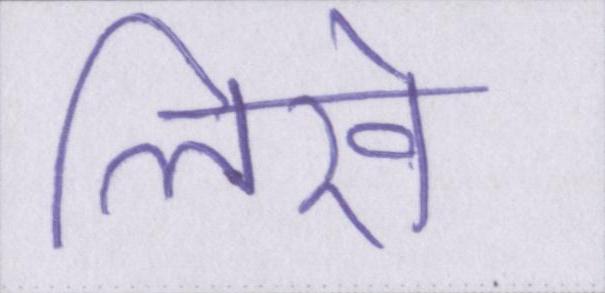
लिखे